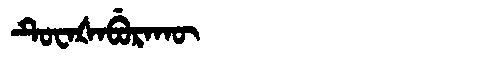
Manchu: ᡨᡠᠸᠠᡧᠠᠪᡠᡵᠠᡴᡡ
Romanization: TUWAŠABURAKŪ